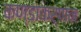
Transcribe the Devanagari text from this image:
कण्डाकर्णन